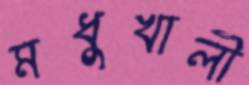
মধুখালী